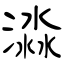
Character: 渁